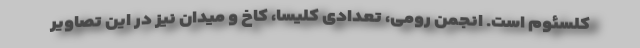
کلسئوم است. انجمن رومی، تعدادی کلیسا، کاخ و میدان نیز در این تصاویر